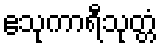
ဧသုကာရီသုတ္တံ